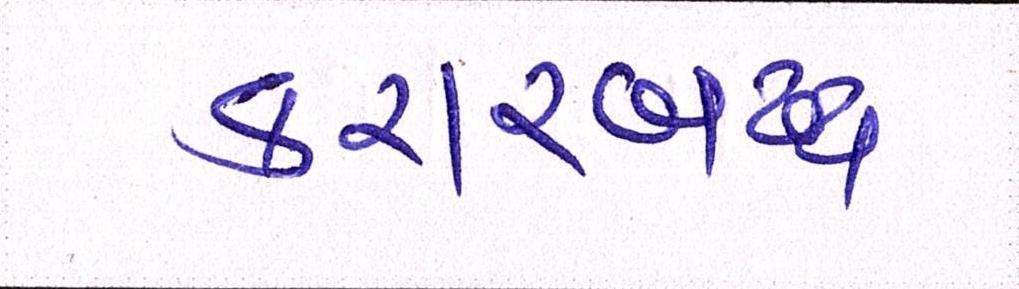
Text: કરારબદ્ધ